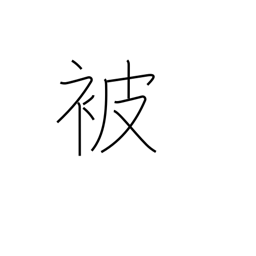
Meaning: receiving